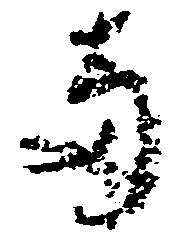
両